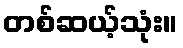
တစ်ဆယ့်သုံး။